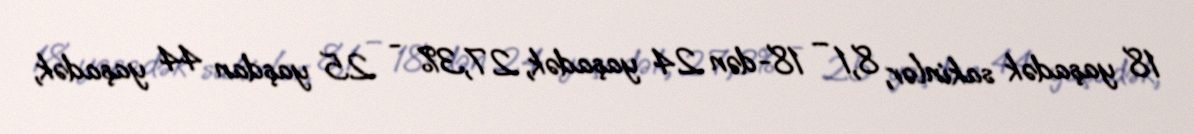
18 yaşadək sakinlər, 8,1 – 18-dən 24 yaşadək, 27,3% - 25 yaşdan 44 yaşadək,